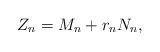
LaTeX: \begin{align*} Z_n=M_n+r_nN_n,\end{align*}